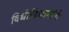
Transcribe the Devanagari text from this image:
विधीविधानांचे